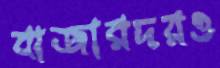
বাজারদরও